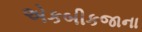
એકબીકજાના